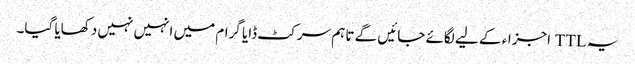
یہ TTL اجزاء کے لیے لگائے جائیں گے تاہم سرکٹ ڈایا گرام میں انہیں نہیں دکھایا گیا۔